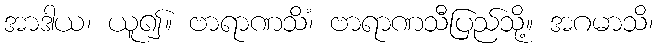
အာဒါယ၊ ယူ၍။ ဗာရာဏသိံ၊ ဗာရာဏသီပြည်သို့။ အဂမာသိ၊